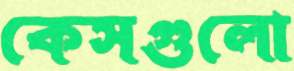
কেসগুলো